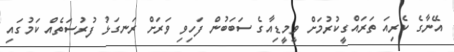
އޭނާގެ ކެރިއަ ތަރައްގީކުރުމަށް ވީމީޑިއާގެ ސަބަބުން ފަހިވި ވަރަށް ރަނގަޅު ފުރުސަތެއް ކަމުގައި